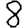
Digit: 8